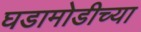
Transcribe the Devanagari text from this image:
घडामोडीच्या